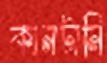
কানটানি